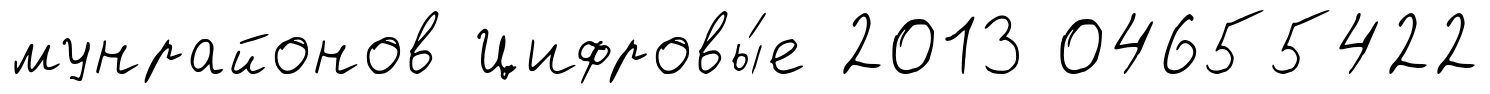
мунрайонов Цифровы́е 2013 04655422